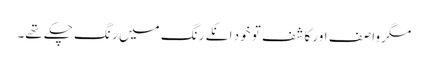
مگر وا صف اور کا شف تو خود انکے رنگ میں ر نگ چکے تھے۔